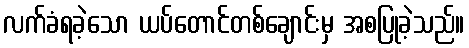
လက်ခံရခဲ့သော ယပ်တောင်တစ်ချောင်းမှ အစပြုခဲ့သည်။